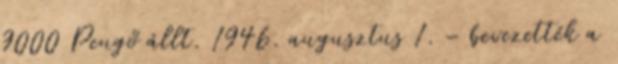
9000 Pengő állt. 1946. augusztus 1. – bevezették a